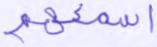
أسمعهم